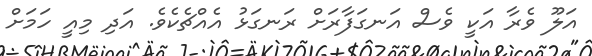
އަލޫ ވެރާ އަކީ ވެސް އަނގަފާރަށް ރަނގަޅު އެއްޗެކެވެ. އަދި މިއީ ހަމަށް